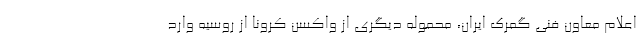
اعلام معاون فنی گمرک ایران، محموله دیگری از واکسن کرونا از روسیه وارد